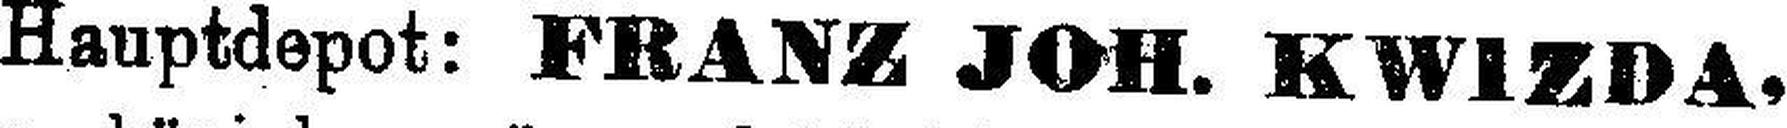
Hauptdepot: FRANZ JOH. KWIZDA,